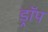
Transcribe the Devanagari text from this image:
ड्राॅप